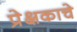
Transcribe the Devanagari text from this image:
प्रेक्षकाचे